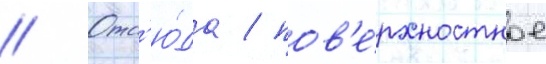
// Отс'ю́да / пов'е́рхностное